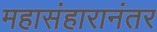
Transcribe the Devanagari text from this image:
महासंहारानंतर